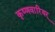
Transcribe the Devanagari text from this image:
कृष्णवारियर्